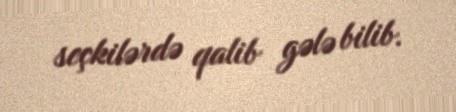
seçkilərdə qalib gələ bilib.